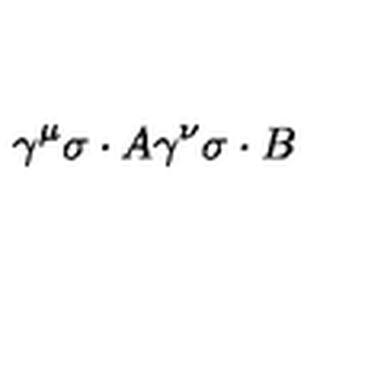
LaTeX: \gamma ^ { \mu } \sigma \cdot A \gamma ^ { \nu } \sigma \cdot B